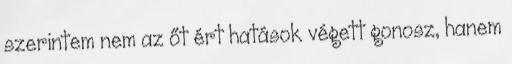
szerintem nem az őt ért hatások végett gonosz, hanem